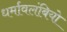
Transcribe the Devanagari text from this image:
धर्मावलंबियो